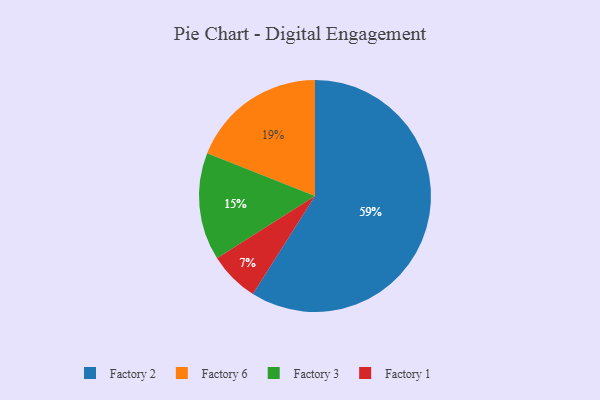
{"axis": {"x": "Category", "y": "Percentage"}, "legend": ["Factory 1", "Factory 2", "Factory 3", "Factory 6"], "data": [{"x": "Factory 1", "y": 7, "type": "Factory 1"}, {"x": "Factory 2", "y": 59, "type": "Factory 2"}, {"x": "Factory 3", "y": 15, "type": "Factory 3"}, {"x": "Factory 6", "y": 19, "type": "Factory 6"}]}